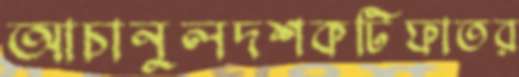
আচানুলদশকটিফাতর